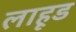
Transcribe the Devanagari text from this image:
लाहूड